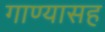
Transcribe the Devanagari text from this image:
गाण्यासह